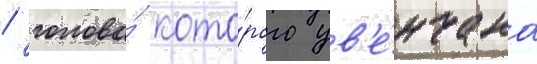
/ голова́ кото́рого ув'е́нчана